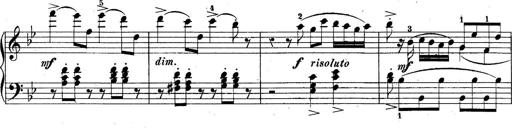
Title: 10 Sonatines progressives
Composer: Anton Schmoll